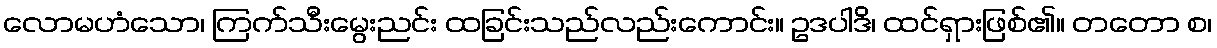
လောမဟံသော၊ ကြက်သီးမွေးညင်း ထခြင်းသည်လည်းကောင်း။ ဥဒပါဒိ၊ ထင်ရှားဖြစ်၏။ တတော စ၊